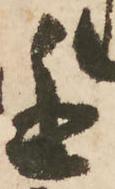
進